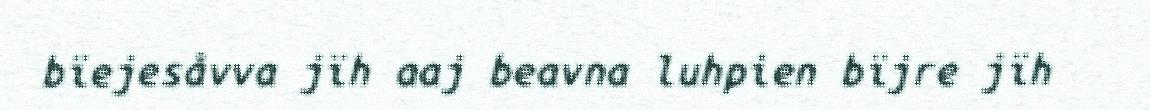
bïejesåvva jïh aaj beavna luhpien bïjre jïh